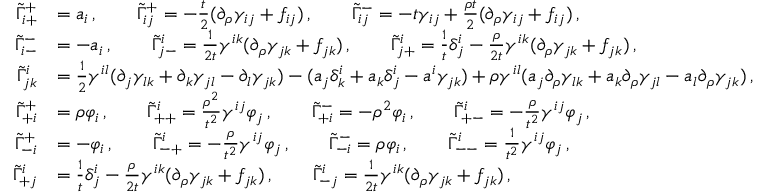
\begin{array} { r l } { \tilde { \Gamma } ^ { + } _ { i + } } & { = a _ { i } \, , \qquad \tilde { \Gamma } ^ { + } _ { i j } = - \frac { t } { 2 } ( \partial _ { \rho } \gamma _ { i j } + f _ { i j } ) \, , \qquad \tilde { \Gamma } ^ { - } _ { i j } = - t \gamma _ { i j } + \frac { \rho t } { 2 } ( \partial _ { \rho } \gamma _ { i j } + f _ { i j } ) \, , } \\ { \tilde { \Gamma } ^ { - } _ { i - } } & { = - a _ { i } \, , \qquad \tilde { \Gamma } ^ { i } _ { j - } = \frac { 1 } { 2 t } \gamma ^ { i k } ( \partial _ { \rho } \gamma _ { j k } + f _ { j k } ) \, , \qquad \tilde { \Gamma } ^ { i } _ { j + } = \frac { 1 } { t } \delta ^ { i } _ { j } - \frac { \rho } { 2 t } \gamma ^ { i k } ( \partial _ { \rho } \gamma _ { j k } + f _ { j k } ) \, , } \\ { \tilde { \Gamma } ^ { i } _ { j k } } & { = \frac { 1 } { 2 } \gamma ^ { i l } ( \partial _ { j } \gamma _ { l k } + \partial _ { k } \gamma _ { j l } - \partial _ { l } \gamma _ { j k } ) - ( a _ { j } \delta ^ { i } _ { k } + a _ { k } \delta ^ { i } _ { j } - a ^ { i } \gamma _ { j k } ) + \rho \gamma ^ { i l } ( a _ { j } \partial _ { \rho } \gamma _ { l k } + a _ { k } \partial _ { \rho } \gamma _ { j l } - a _ { l } \partial _ { \rho } \gamma _ { j k } ) \, , } \\ { \tilde { \Gamma } ^ { + } _ { + i } } & { = \rho \varphi _ { i } \, , \qquad \tilde { \Gamma } ^ { i } _ { + + } = \frac { \rho ^ { 2 } } { t ^ { 2 } } \gamma ^ { i j } \varphi _ { j } \, , \qquad \tilde { \Gamma } ^ { - } _ { + i } = - \rho ^ { 2 } \varphi _ { i } \, , \qquad \tilde { \Gamma } ^ { i } _ { + - } = - \frac { \rho } { t ^ { 2 } } \gamma ^ { i j } \varphi _ { j } \, , } \\ { \tilde { \Gamma } ^ { + } _ { - i } } & { = - \varphi _ { i } \, , \qquad \tilde { \Gamma } ^ { i } _ { - + } = - \frac { \rho } { t ^ { 2 } } \gamma ^ { i j } \varphi _ { j } \, , \qquad \tilde { \Gamma } ^ { - } _ { - i } = \rho \varphi _ { i } \, , \qquad \tilde { \Gamma } ^ { i } _ { -- } = \frac { 1 } { t ^ { 2 } } \gamma ^ { i j } \varphi _ { j } \, , } \\ { \tilde { \Gamma } ^ { i } _ { + j } } & { = \frac { 1 } { t } \delta ^ { i } _ { j } - \frac { \rho } { 2 t } \gamma ^ { i k } ( \partial _ { \rho } \gamma _ { j k } + f _ { j k } ) \, , \qquad \tilde { \Gamma } ^ { i } _ { - j } = \frac { 1 } { 2 t } \gamma ^ { i k } ( \partial _ { \rho } \gamma _ { j k } + f _ { j k } ) \, , } \end{array}